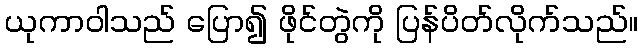
ယုကာဝါသည် ပြော၍ ဖိုင်တွဲကို ပြန်ပိတ်လိုက်သည်။